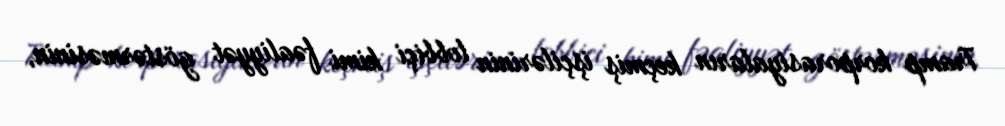
Tramp korporasiyaların keçmiş işçilərinin lobbiçi kimi fəaliyyət göstərməsinin,